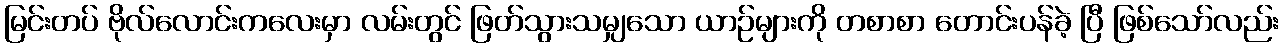
မြင်းတပ် ဗိုလ်လောင်းကလေးမှာ လမ်းတွင် ဖြတ်သွားသမျှသော ယာဉ်များကို တစာစာ တောင်းပန်ခဲ့ ပြီ ဖြစ်သော်လည်း